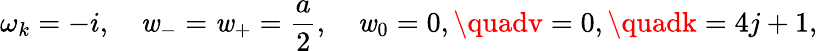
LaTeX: \omega_{k}=-i,\quad\mathit{w}_{-}=\mathit{w}_{+}=\frac{a}{2},\quad\mathit{w}_{0}=0,\quadv=0,\quadk=4j+1,